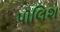
પૉલિશ